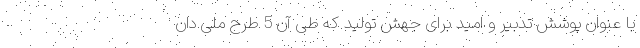
با عنوان پوشش تدبیر و امید برای جهش تولید که طی آن 5 طرح‌ ملی دان